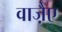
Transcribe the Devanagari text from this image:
वाजै़ए